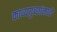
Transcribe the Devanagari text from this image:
काव्यगुच्छांमध्ये